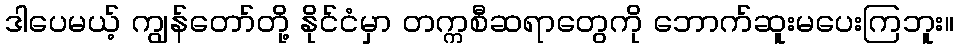
ဒါပေမယ့် ကျွန်တော်တို့ နိုင်ငံမှာ တက္ကစီဆရာတွေကို ဘောက်ဆူးမပေးကြဘူး။